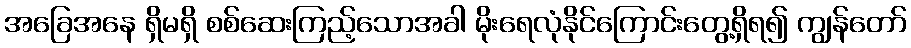
အခြေအနေ ရှိမရှိ စစ်ဆေးကြည့်သောအခါ မိုးရေလုံနိုင်ကြောင်းတွေ့ရှိရ၍ ကျွန်တော်